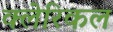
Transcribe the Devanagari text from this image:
क्लेरिकल